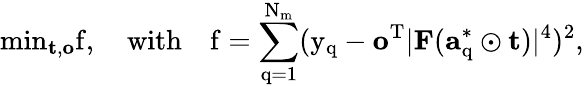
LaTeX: \mathrm{{min}_{\mathbf{t},\mathbf{o}}f,\quad\mathrm{{with}\quad f=\sum_{q=1}^{N_{m}}(y_{q}-\mathbf{o}^{T}\lvert\mathbf{F}(\mathbf{a}_{q}^{*}\odot\mathbf{t})\rvert^{4})^{2},}}